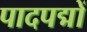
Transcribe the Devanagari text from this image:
पादपद्मों